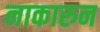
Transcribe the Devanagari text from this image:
नाकारुन